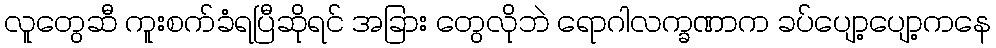
လူတွေဆီ ကူးစက်ခံရပြီဆိုရင် အခြား တွေလိုဘဲ ရောဂါလက္ခဏာက ခပ်ပျော့ပျော့ကနေ